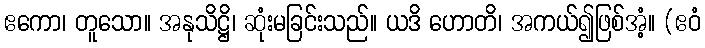
ဧကော၊ တူသော။ အနုသိဋ္ဌိ၊ ဆုံးမခြင်းသည်။ ယဒိ ဟောတိ၊ အကယ်၍ဖြစ်အံ့။ (ဧဝံ